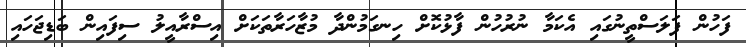
ފަހުން ފަލަސްތީނުގައި އެކަމާ ނުރުހުން ފާޅުކޮށް ހިނގަމުންދާ މުޒާހަރާތަކަށް އިސްރާއީލު ސިފައިން ބަޑިޖަހައި